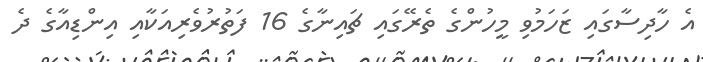
އެ ހާދިސާގައި ޒަހަމުވި މީހުންގެ ތެރޭގައި ޗައިނާގެ 16 ފަތުރުވެރިއަކާއި އިންޑިއާގެ ދެ